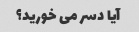
آیا دسر می خورید؟